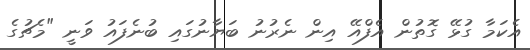
އެކަމާ ގުޅޭ ގޮތުން އެފްއޭ އިން ނެރުނު ބަޔާނުގައި ބުނެފައު ވަނީ "މެޗުގެ